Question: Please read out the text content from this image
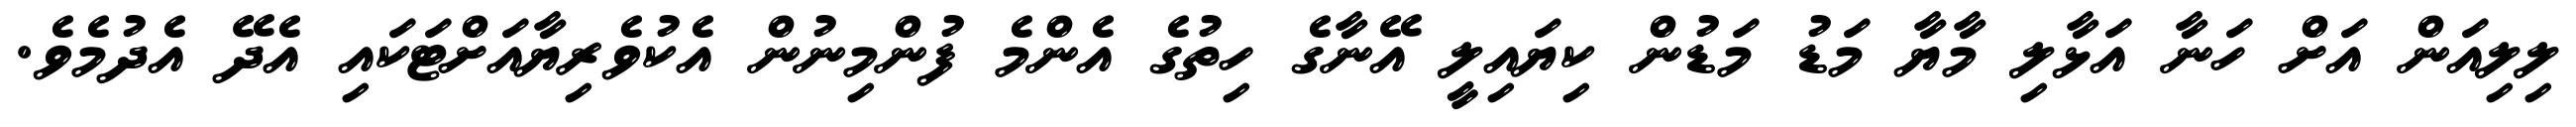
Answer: ލިލިއަން އަށް ހަނާ އަޅާލި މާޔާ މަޑު މަޑުން ކިޔައިލީ އޭނާގެ ހިތުގެ އެންމެ ފުންމިނުން އެކުވެރިޔާއަށްޓަކައި އެދޭ އެދުމެވެ.